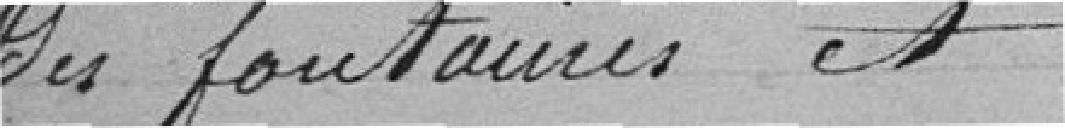
des fontaines et